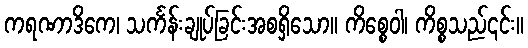
ကရဏာဒိကေ၊ သင်္ကန်းချုပ်ခြင်းအစရှိသော။ ကိစ္စေဝါ၊ ကိစ္စသည်၎င်း။